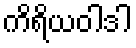
ကိရိယဝါဒါ